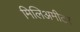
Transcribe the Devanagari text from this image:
मिलिअमीटर